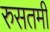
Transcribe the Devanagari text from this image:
रुसतमी